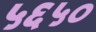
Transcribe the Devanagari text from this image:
५६५०